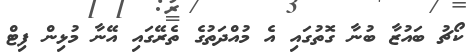
ކޯޗު ބައުޒާ ބުނާ ގޮތުގައި އެ މުއްދަތުގެ ތެރޭގައި އޭނާ މުޅިން ފިޓް